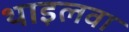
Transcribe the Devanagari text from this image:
थाइलवा